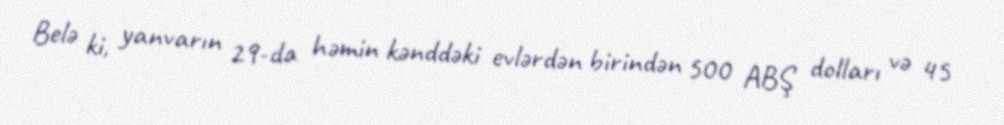
Belə ki, yanvarın 29-da həmin kənddəki evlərdən birindən 500 ABŞ dolları və 45